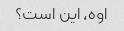
اوه، این است؟